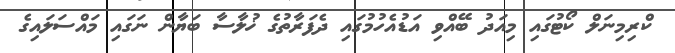
ކްރިމިނަލް ކޯޓުގައި މިއަދު ބޭއްވި އަޑުއެހުމުގައި ދެފަރާތުގެ ޚުލާސާ ބަޔާން ނަގައި މައްސަލައިގެ